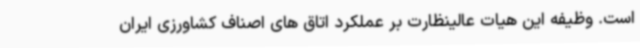
است. وظیفه این هیات عالینظارت بر عملکرد اتاق های اصناف کشاورزی ایران